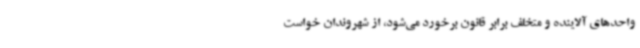
واحدهای آلاینده و متخلف برابر قانون برخورد می‌شود، از شهروندان خواست